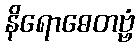
နိရောဓေတဗ္ဗံ